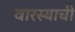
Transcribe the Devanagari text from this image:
वारस्याची